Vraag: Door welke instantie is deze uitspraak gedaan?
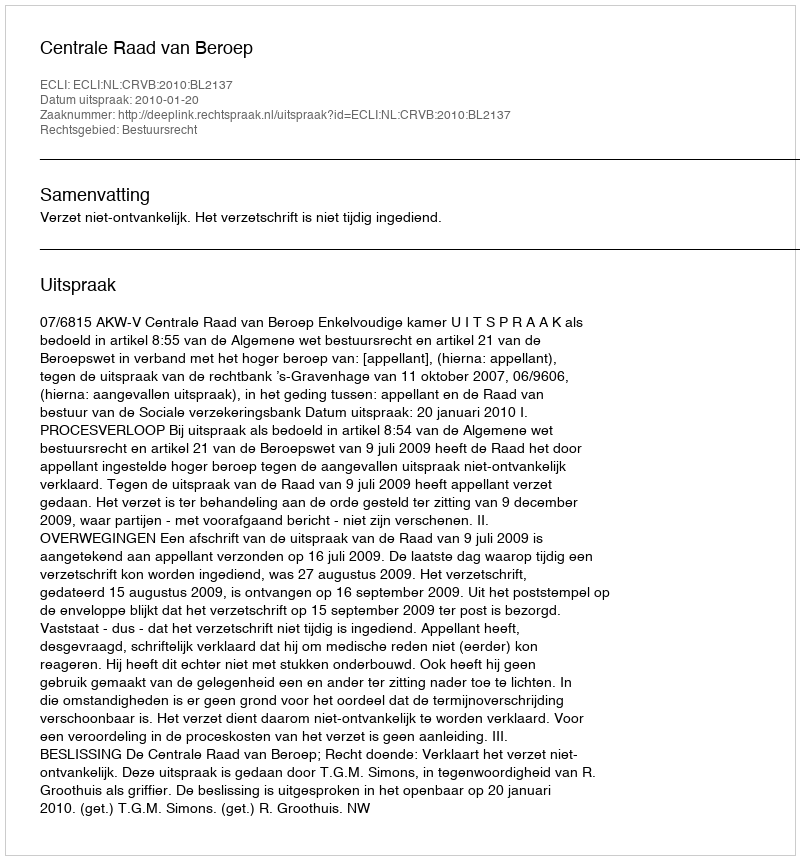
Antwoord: Centrale Raad van Beroep